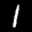
Label: 1